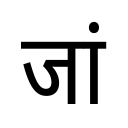
OCR:
जां